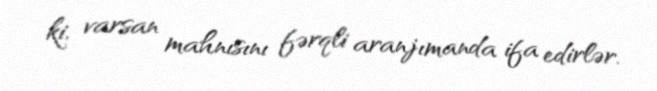
ki, varsan mahnısını fərqli aranjımanda ifa edirlər.